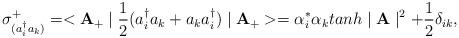
LaTeX: \begin{align*}\sigma_{(a_{i}^{\dag}a_{k})}^{+}=<{\bf A}_{+} \mid\frac{1}{2}(a_{i}^{\dag}a_{k}+a_{k}a_{i}^{\dag})\mid {\bf A_{+}}>=\alpha_{i}^{*}\alpha_{k}tanh\mid {\bf A} \mid^{2}+\frac{1}{2} \delta_{ik},\\\end{align*}